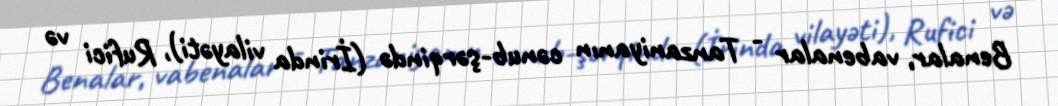
Benalar, vabenalar - Tanzaniyanın cənub-şərqində (İrinda vilayəti), Rufici və